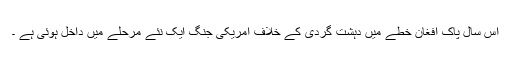
اس سال پاک افغان خطے میں دہشت گردی کے خلاف امریکی جنگ ایک نئے مرحلے میں داخل ہوئی ہے ۔